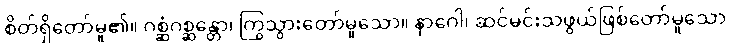
စိတ်ရှိတော်မူ၏။ ဂစ္ဆံဂစ္ဆန္တော၊ ကြွသွားတော်မူသော။ နာဂေါ၊ ဆင်မင်းသဖွယ်ဖြစ်တော်မူသော